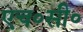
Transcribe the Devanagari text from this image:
एच॰सी॰